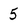
Character: 5